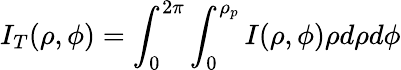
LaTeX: I_{T}(\rho,\phi)=\int_{0}^{2\pi}\int_{0}^{\rho_{p}}I(\rho,\phi)\rho d\rho d\phi